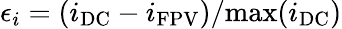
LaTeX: \epsilon_{i}=(i_{\mathrm{DC}}-i_{\mathrm{FPV}})/\mathrm{max}(i_{\mathrm{DC}})